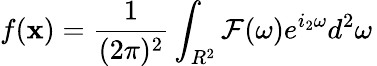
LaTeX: f({\mathbf x})=\frac{1}{(2\pi)^{2}}\int_{R^{2}}{\mathcal F}({\mathbf\omega})e^{i_{2}\omega}d^{2}{\omega}\,